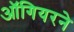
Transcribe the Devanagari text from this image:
ऑगियरने